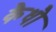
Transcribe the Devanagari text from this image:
कैधौ